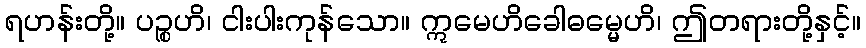
ရဟန်းတို့။ ပဉ္စဟိ၊ ငါးပါးကုန်သော။ ဣမေဟိခေါဓမ္မေဟိ၊ ဤတရားတို့နှင့်။